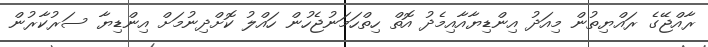
ރާއްޖޭގެ ރައްޔިތުން މިއަދު އިންޑިޔާއާއިމެދު އޮތް ހިތްހަމަނުޖެހުން ހައްލު ކޮށްދިނުމަށް އިންޑިޔާ ސަރުކާރުން